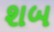
શબ